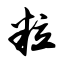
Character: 粒